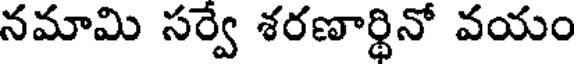
నమామి సర్వే శరణార్థినో వయం